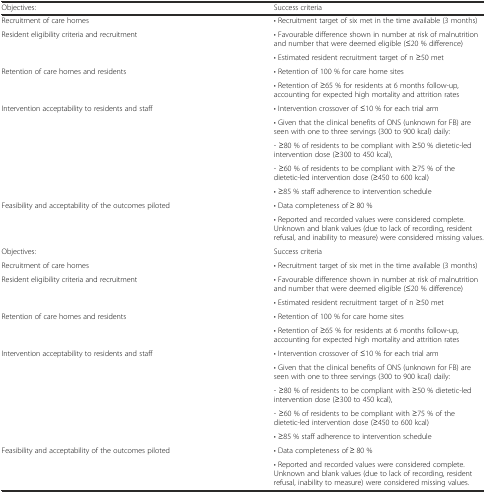
<table><thead><tr><td><b>Objectives:</b></td><td><b>Success criteria</b></td></tr></thead><tbody><tr><td>Recruitment of care homes</td><td>• Recruitment target of six met in the time available (3 months)</td></tr><tr><td rowspan="2">Resident eligibility criteria and recruitment</td><td>• Favourable difference shown in number at risk of malnutrition and number that were deemed eligible (≤20 % difference)</td></tr><tr><td>• Estimated resident recruitment target of n ≥50 met</td></tr><tr><td rowspan="2">Retention of care homes and residents</td><td>• Retention of 100 % for care home sites</td></tr><tr><td>• Retention of ≥65 % for residents at 6 months follow-up, accounting for expected high mortality and attrition rates</td></tr><tr><td rowspan="5">Intervention acceptability to residents and staff</td><td>• Intervention crossover of ≤10 % for each trial arm</td></tr><tr><td>• Given that the clinical benefits of ONS (unknown for FB) are seen with one to three servings (300 to 900 kcal) daily:</td></tr><tr><td>- ≥80 % of residents to be compliant with ≥50 % dietetic-led intervention dose (≥300 to 450 kcal),</td></tr><tr><td>- ≥60 % of residents to be compliant with ≥75 % of the dietetic-led intervention dose (≥450 to 600 kcal)</td></tr><tr><td>• ≥85 % staff adherence to intervention schedule</td></tr><tr><td rowspan="2">Feasibility and acceptability of the outcomes piloted</td><td>• Data completeness of ≥ 80 %</td></tr><tr><td>• Reported and recorded values were considered complete. Unknown and blank values (due to lack of recording, resident refusal, and inability to measure) were considered missing values.</td></tr><tr><td>Objectives:</td><td>Success criteria</td></tr><tr><td>Recruitment of care homes</td><td>• Recruitment target of six met in the time available (3 months)</td></tr><tr><td rowspan="2">Resident eligibility criteria and recruitment</td><td>• Favourable difference shown in number at risk of malnutrition and number that were deemed eligible (≤20 % difference)</td></tr><tr><td>• Estimated resident recruitment target of n ≥50 met</td></tr><tr><td rowspan="2">Retention of care homes and residents</td><td>• Retention of 100 % for care home sites</td></tr><tr><td>• Retention of ≥65 % for residents at 6 months follow-up, accounting for expected high mortality and attrition rates</td></tr><tr><td rowspan="5">Intervention acceptability to residents and staff</td><td>• Intervention crossover of ≤10 % for each trial arm</td></tr><tr><td>• Given that the clinical benefits of ONS (unknown for FB) are seen with one to three servings (300 to 900 kcal) daily:</td></tr><tr><td>- ≥80 % of residents to be compliant with ≥50 % dietetic-led intervention dose (≥300 to 450 kcal),</td></tr><tr><td>- ≥60 % of residents to be compliant with ≥75 % of the dietetic-led intervention dose (≥450 to 600 kcal)</td></tr><tr><td>• ≥85 % staff adherence to intervention schedule</td></tr><tr><td rowspan="2">Feasibility and acceptability of the outcomes piloted</td><td>• Data completeness of ≥ 80 %</td></tr><tr><td>• Reported and recorded values were considered complete. Unknown and blank values (due to lack of recording, resident refusal, inability to measure) were considered missing values.</td></tr></tbody></table>